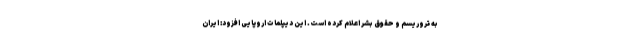
به تروریسم و حقوق بشر اعلام کرده است. این دیپلمات اروپایی افزود: ایران